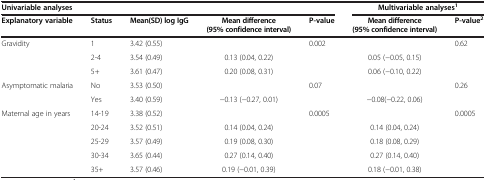
<table><thead><tr><td colspan="5"><b>Univariable analyses</b></td><td colspan="2"><b>Multivariable analyses<sup>1</sup></b></td></tr><tr><td><b>Explanatory variable</b></td><td><b>Status</b></td><td><b>Mean(SD) log IgG</b></td><td><b>Mean difference (95% confidence interval)</b></td><td><b>P-value</b></td><td><b>Mean difference (95% confidence interval)</b></td><td><b>P-value<sup>2</sup></b></td></tr></thead><tbody><tr><td>Gravidity</td><td>1</td><td>3.42 (0.55)</td><td> </td><td>0.002</td><td> </td><td>0.62</td></tr><tr><td> </td><td>2-4</td><td>3.54 (0.49)</td><td>0.13 (0.04, 0.22)</td><td> </td><td>0.05 (−0.05, 0.15)</td><td> </td></tr><tr><td> </td><td>5+</td><td>3.61 (0.47)</td><td>0.20 (0.08, 0.31)</td><td> </td><td>0.06 (−0.10, 0.22)</td><td> </td></tr><tr><td>Asymptomatic malaria</td><td>No</td><td>3.53 (0.50)</td><td> </td><td>0.07</td><td> </td><td>0.26</td></tr><tr><td> </td><td>Yes</td><td>3.40 (0.59)</td><td>−0.13 (−0.27, 0.01)</td><td> </td><td>−0.08(−0.22, 0.06)</td><td> </td></tr><tr><td>Maternal age in years</td><td>14-19</td><td>3.38 (0.52)</td><td> </td><td>0.0005</td><td> </td><td>0.0005</td></tr><tr><td> </td><td>20-24</td><td>3.52 (0.51)</td><td>0.14 (0.04, 0.24)</td><td> </td><td>0.14 (0.04, 0.24)</td><td> </td></tr><tr><td> </td><td>25-29</td><td>3.57 (0.49)</td><td>0.19 (0.08, 0.30)</td><td> </td><td>0.18 (0.08, 0.29)</td><td> </td></tr><tr><td> </td><td>30-34</td><td>3.65 (0.44)</td><td>0.27 (0.14, 0.40)</td><td> </td><td>0.27 (0.14, 0.40)</td><td> </td></tr><tr><td> </td><td>35+</td><td>3.57 (0.46)</td><td>0.19 (−0.01, 0.39)</td><td> </td><td>0.18 (−0.01, 0.38)</td><td> </td></tr></tbody></table>